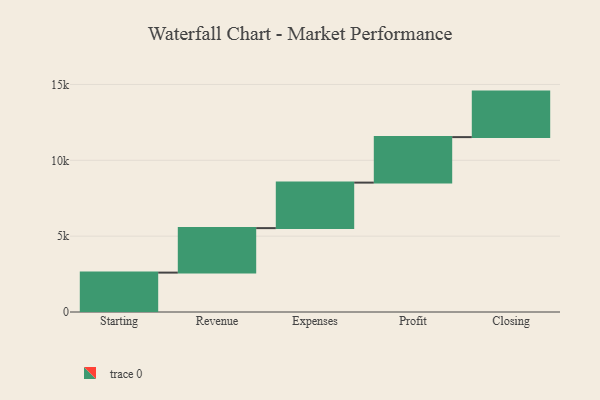
{"axis": {"x": "Step", "y": "Value"}, "legend": [""], "data": [{"x": "Starting", "y": 2597.0, "type": ""}, {"x": "Revenue", "y": 2933.0, "type": ""}, {"x": "Expenses", "y": 3000, "type": ""}, {"x": "Profit", "y": 3000, "type": ""}, {"x": "Closing", "y": 3000, "type": ""}]}